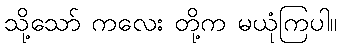
သို့သော် ကလေး တို့က မယုံကြပါ။